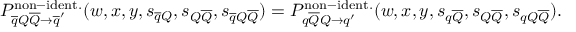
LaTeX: P _ { \overline { { { q } } } Q \overline { { { Q } } } \rightarrow \overline { { { q } } } ^ { \prime } } ^ { \mathrm { n o n - i d e n t . } } ( w , x , y , s _ { \overline { { { q } } } Q } , s _ { Q \overline { { { Q } } } } , s _ { \overline { { { q } } } Q \overline { { { Q } } } } ) = P _ { q \overline { { { Q } } } Q \rightarrow q ^ { \prime } } ^ { \mathrm { n o n - i d e n t . } } ( w , x , y , s _ { q \overline { { { Q } } } } , s _ { Q \overline { { { Q } } } } , s _ { q Q \overline { { { Q } } } } ) .